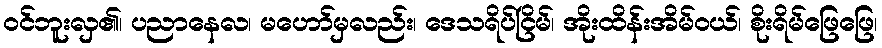
ဝင်ဘူးလှ၏၊ ပညာနေလ၊ မဟော်မှလည်း၊ ဒေသရိပ်ငြိမ်၊ အိုးထိန်းအိမ်ဝယ်၊ စိုးရိမ်ဖြေဖြေ၊